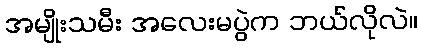
အမျိုးသမီး အလေးမပွဲက ဘယ်လိုလဲ။